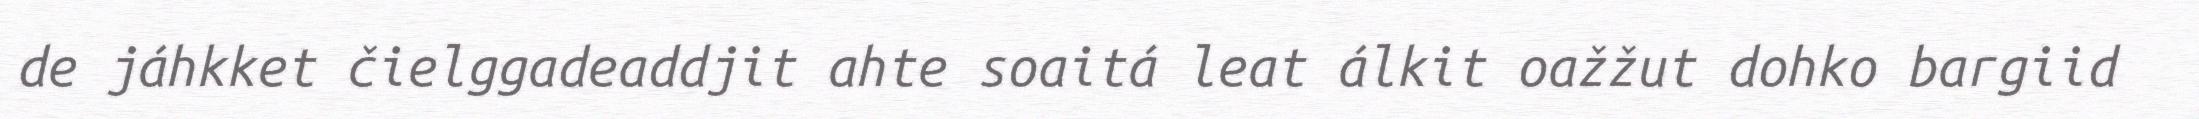
de jáhkket čielggadeaddjit ahte soaitá leat álkit oažžut dohko bargiid